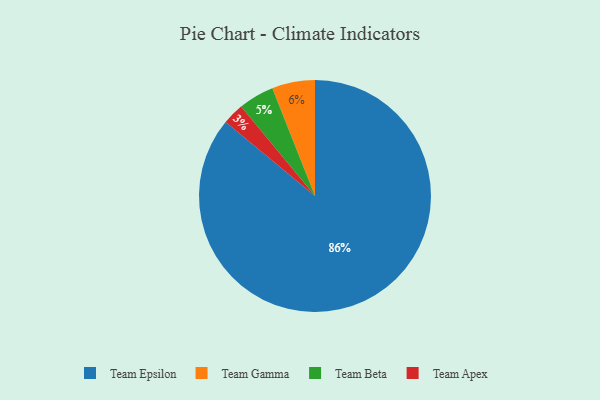
{"axis": {"x": "Category", "y": "Percentage"}, "legend": ["Team Apex", "Team Beta", "Team Epsilon", "Team Gamma"], "data": [{"x": "Team Gamma", "y": 6, "type": "Team Gamma"}, {"x": "Team Beta", "y": 5, "type": "Team Beta"}, {"x": "Team Epsilon", "y": 86, "type": "Team Epsilon"}, {"x": "Team Apex", "y": 3, "type": "Team Apex"}]}